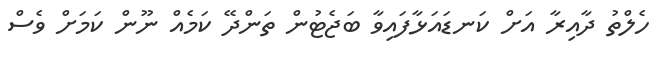
ހެލްތު ދާއިރާ އަށް ކަނޑައަޅާފައިވާ ބަޖެޓުން ތަންދޭ ކަމެއް ނޫން ކަމަށް ވެސް